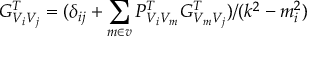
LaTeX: G _ { V _ { i } V _ { j } } ^ { T } = ( \delta _ { i j } + \sum _ { m \in v } P _ { V _ { i } V _ { m } } ^ { T } G _ { V _ { m } V _ { j } } ^ { T } ) / ( k ^ { 2 } - m _ { i } ^ { 2 } )